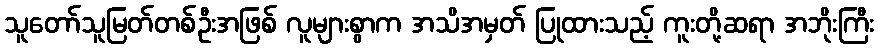
သူတော်သူမြတ်တစ်ဦးအဖြစ် လူများစွာက အသိအမှတ် ပြုထားသည့် ကူးတို့ဆရာ အဘိုးကြီး